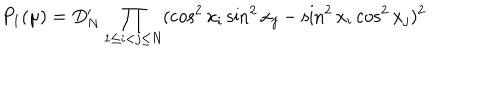
LaTeX: P _ { 1 } ( \mu ) = D _ { N } ^ { \prime } \prod _ { 1 \le i < j \le N } ( \cos ^ { 2 } x _ { i } \sin ^ { 2 } x _ { j } - \sin ^ { 2 } x _ { i } \cos ^ { 2 } x _ { j } ) ^ { 2 }